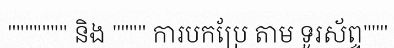
""""""" និង """" ការបកប្រែ តាម ទូរស័ព្ទ"""